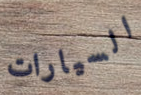
السيارات